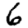
Digit: 6